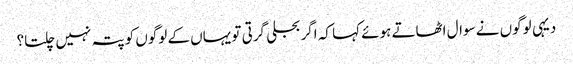
دیہی لوگوں نے سوال اٹھاتے ہوئے کہا کہ اگر بجلی گرتی تو یہاں کے لوگوں کو پتہ نہیں چلتا؟